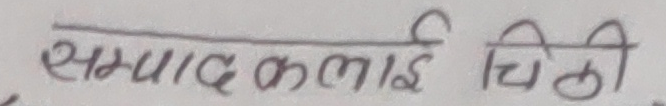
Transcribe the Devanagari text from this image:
सम्पादकलाई चिठी